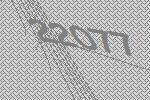
22077